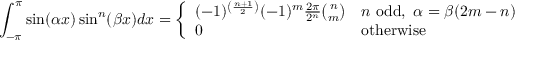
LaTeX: \int _ { - \pi } ^ { \pi } \sin ( \alpha x ) \sin ^ { n } ( \beta x ) d x = { \left\{ \begin{array} { l l } { ( - 1 ) ^ { \left( { \frac { n + 1 } { 2 } } \right) } ( - 1 ) ^ { m } { \frac { 2 \pi } { 2 ^ { n } } } { \binom { n } { m } } } & { n { \mathrm { ~ o d d } } , \ \alpha = \beta ( 2 m - n ) } \\ { 0 } & { { \mathrm { o t h e r w i s e } } } \end{array} \right. }